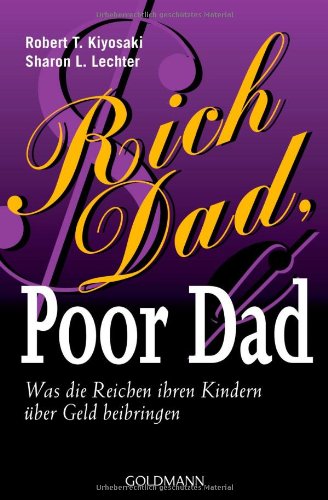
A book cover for Rich Dad, Poor Dad; Sharon L. Lechter Robert T. Kiyosaki; Business & Money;